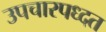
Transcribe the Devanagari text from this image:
उपचारपध्दत